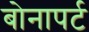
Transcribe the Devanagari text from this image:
बोनापर्ट